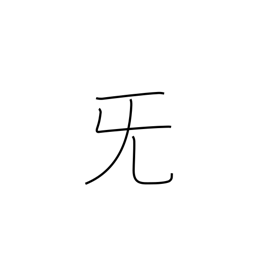
Meaning: sob